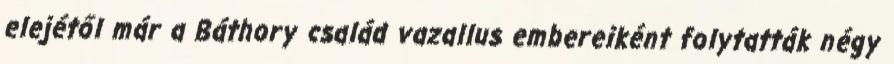
elejétől már a Báthory család vazallus embereiként folytatták négy